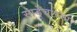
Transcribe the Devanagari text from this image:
साडेचारला